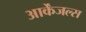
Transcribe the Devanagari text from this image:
आर्केंजल्स